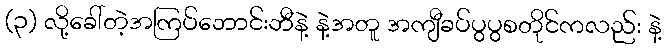
(၃) လို့ခေါ်တဲ့အကြပ်ဘောင်းဘီနဲ့ နဲ့အတူ အကျီခပ်ပွပွစတိုင်ကလည်း နဲ့